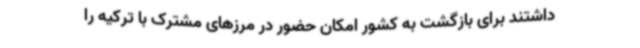
داشتند برای بازگشت به کشور امکان حضور در مرزهای مشترک با ترکیه را